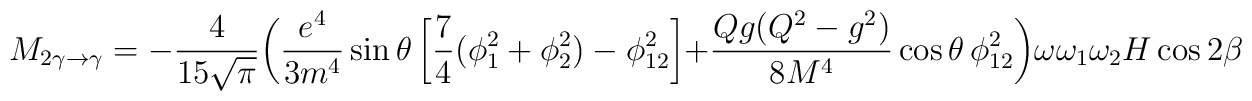
M_{2\gamma \to \gamma} =  -\frac {4}{15\sqrt{\pi}} \biggl( \frac{e^4} {3  m^4} \sin \theta\left[\frac{7}{4} (\phi _1^2 + \phi_2^2) - \phi _{12}^2\right]  +\frac{Qg (Q^2 - g^2)}{8 M^4} \cos \theta\,\phi _{12}^2 \biggr) \omega \omega_1 \omega _2  H \cos 2 \beta